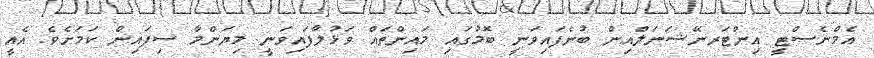
އެމްނެސްޓީ އިންޓަރނޭޝަނަލްއިން ބުނެފައިވަނީ ބޮމުގައި މައިންތައް ވަޅުލާފައިވަނީ މިޔަންމާ ސިފައިން ކަމަށެވެ. އެއީ